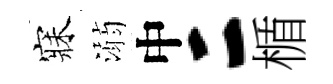
寐溺中二楯